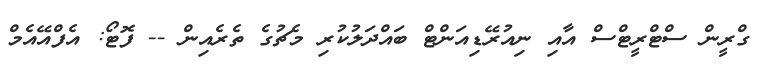
ގްރީން ސްޓްރީޓްސް އާއި ނިއުރޭޑިއަންޓް ބައްދަލުކުރި މެޗުގެ ތެރެއިން -- ފޮޓޯ: އެފްއޭއެމް